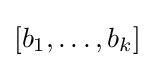
[b_{1},\dots ,b_{k}]